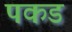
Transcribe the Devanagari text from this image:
पकड